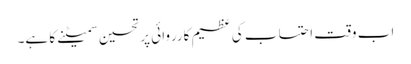
اب وقت احتساب کی عظیم کارروائی پر تحسین سمیٹنے کا ہے۔